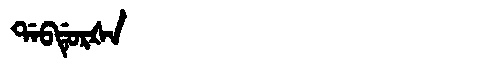
Manchu: ᡩᠠᠪᡩᡠᡵᡧᠠ
Romanization: DABDURŠA